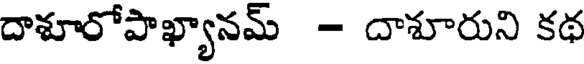
దాశూరోపాఖ్యానమ్ - దాశూరుని కథ